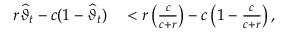
\begin{array} { r l } { r \widehat { \vartheta } _ { t } - c ( 1 - \widehat { \vartheta } _ { t } ) } & { { } < r \left( \frac { c } { c + r } \right) - c \left( 1 - \frac { c } { c + r } \right) , } \end{array}